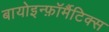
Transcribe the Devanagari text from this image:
बायोइन्फ़ॉर्मैटिक्स